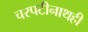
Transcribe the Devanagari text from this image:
चरपटीनाथही